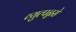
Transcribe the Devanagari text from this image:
व्युत्पन्नसे